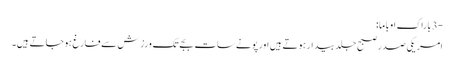
-3 باراک اوباما:
امریکی صدر صبح جلد بیدار ہوتے ہیں اور پونے سات بجے تک ورزش سے فارغ ہوجاتے ہیں۔